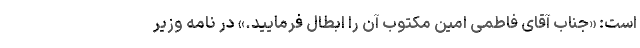
است: «جناب آقای فاطمی امین مکتوب آن را ابطال فرمایید.» در نامه وزیر